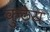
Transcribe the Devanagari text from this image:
कुठेय